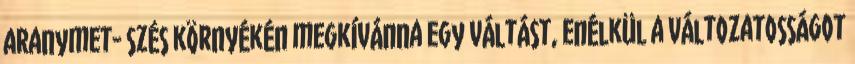
aranymet- szés környékén megkívánna egy váltást, enélkül a változatosságot